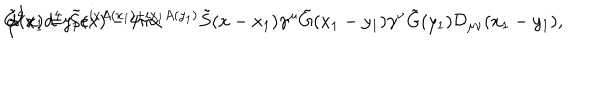
LaTeX: \tilde { G } ( x ) = \tilde { S } ( x ) - 4 \pi \alpha \hspace { - 1 m m } \int \hspace { - 1 m m } d ^ { 4 } x _ { 1 } d ^ { 4 } y _ { 1 } e ^ { i x A ( x _ { 1 } ) + i x _ { 1 } A ( y _ { 1 } ) } \tilde { S } ( x - x _ { 1 } ) \gamma ^ { \mu } \tilde { G } ( x _ { 1 } - y _ { 1 } ) \gamma ^ { \nu } \tilde { G } ( y _ { 1 } ) { \cal D } _ { \mu \nu } ( x _ { 1 } - y _ { 1 } ) ,